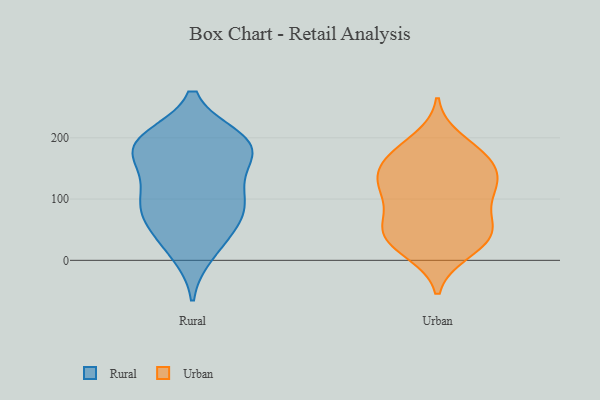
{"axis": {"x": "Tickets Resolved", "y": "Value"}, "legend": ["Rural", "Urban"], "data": [{"x": "", "y": 82, "type": "Rural"}, {"x": "", "y": 198, "type": "Rural"}, {"x": "", "y": 56, "type": "Rural"}, {"x": "", "y": 185, "type": "Rural"}, {"x": "", "y": 182, "type": "Rural"}, {"x": "", "y": 120, "type": "Rural"}, {"x": "", "y": 192, "type": "Rural"}, {"x": "", "y": 28, "type": "Rural"}, {"x": "", "y": 95, "type": "Rural"}, {"x": "", "y": 181, "type": "Rural"}, {"x": "", "y": 170, "type": "Rural"}, {"x": "", "y": 196, "type": "Rural"}, {"x": "", "y": 89, "type": "Rural"}, {"x": "", "y": 128, "type": "Rural"}, {"x": "", "y": 12, "type": "Rural"}, {"x": "", "y": 72, "type": "Rural"}, {"x": "", "y": 42, "type": "Urban"}, {"x": "", "y": 106, "type": "Urban"}, {"x": "", "y": 171, "type": "Urban"}, {"x": "", "y": 134, "type": "Urban"}, {"x": "", "y": 53, "type": "Urban"}, {"x": "", "y": 197, "type": "Urban"}, {"x": "", "y": 173, "type": "Urban"}, {"x": "", "y": 162, "type": "Urban"}, {"x": "", "y": 34, "type": "Urban"}, {"x": "", "y": 46, "type": "Urban"}, {"x": "", "y": 13, "type": "Urban"}, {"x": "", "y": 122, "type": "Urban"}, {"x": "", "y": 136, "type": "Urban"}, {"x": "", "y": 169, "type": "Urban"}, {"x": "", "y": 64, "type": "Urban"}, {"x": "", "y": 50, "type": "Urban"}, {"x": "", "y": 92, "type": "Urban"}, {"x": "", "y": 15, "type": "Urban"}, {"x": "", "y": 131, "type": "Urban"}, {"x": "", "y": 114, "type": "Urban"}]}